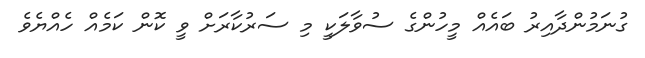
ގުނަމުންދާއިރު ބައެއް މީހުންގެ ސުވާލަކީ މި ސަރުކާރަށް ވީ ކޮން ކަމެއް ހެއްޔެވެ